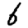
Digit: 6